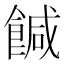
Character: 𩝈